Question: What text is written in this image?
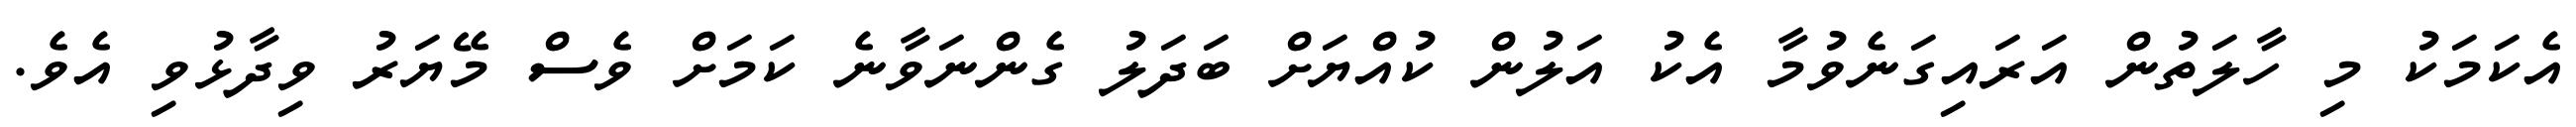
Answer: އެކަމަކު މި ހާލަތުން އަރައިގަނެވުމާ އެކު އަލުން ކުއްޔަށް ބަދަލު ގެންނަވާނެ ކަމަށް ވެސް މޭޔަރު ވިދާޅުވި އެވެ.